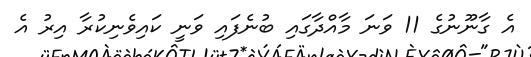
އެ ގާނޫނުގެ 11 ވަނަ މާއްދާގައި ބުނެފައި ވަނީ ކައިވެނިކުރާ އިރު އެ